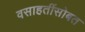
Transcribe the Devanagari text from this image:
वसाहतींसोबत